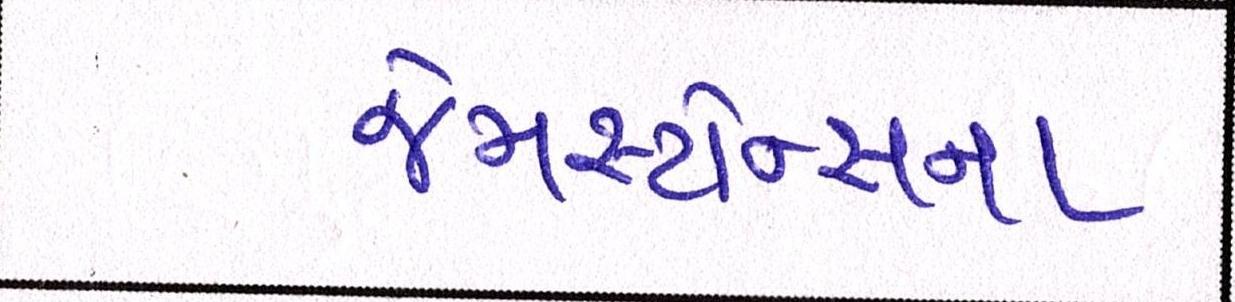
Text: જેમસ્ટોન્સના